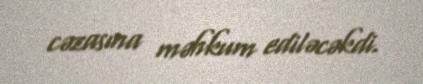
cəzasına məhkum ediləcəkdi.